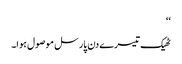
‘‘
ٹھیک تیسرے دن پارسل موصول ہوا۔